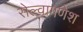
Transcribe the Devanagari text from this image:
सेल्वागणेश